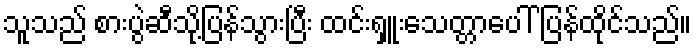
သူသည် စားပွဲဆီသို့ပြန်သွားပြီး ထင်းရှူးသေတ္တာပေါ် ပြန်ထိုင်သည်။